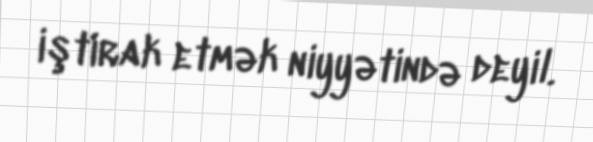
iştirak etmək niyyətində deyil.